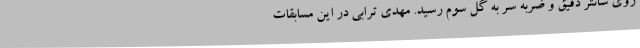
روی سانتر دقیق و ضربه سر به گل سوم رسید. مهدی ترابی در این مسابقات